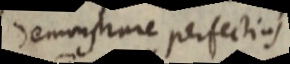
demonstrare perfectias